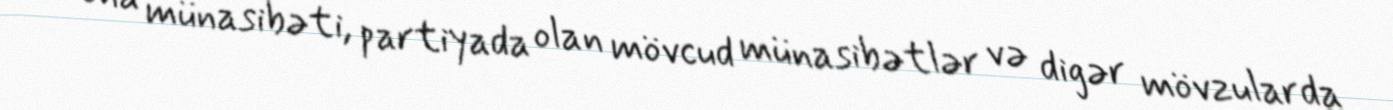
ona münasibəti, partiyada olan mövcud münasibətlər və digər mövzularda